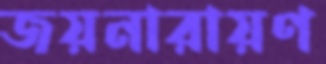
জয়নারায়ণ